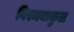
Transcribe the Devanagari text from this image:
विस्मयाकुल